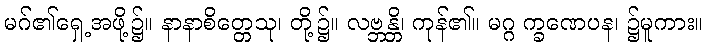
မဂ်၏ရှေ့အဖို့၌။ နာနာစိတ္တေသု၊ တို့၌။ လဗ္ဘန္တိ၊ ကုန်၏။ မဂ္ဂ က္ခဏေပန၊ ၌မူကား။